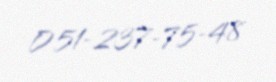
051-237-75-48